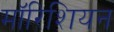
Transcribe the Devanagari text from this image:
मॉरिशियन